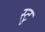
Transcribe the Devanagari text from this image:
स्टु